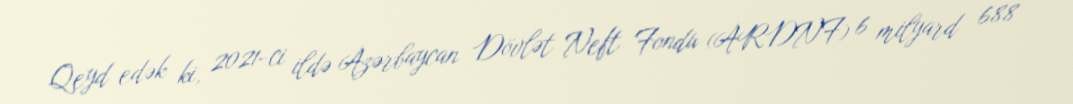
Qeyd edək ki, 2021-ci ildə Azərbaycan Dövlət Neft Fondu (ARDNF) 6 milyard 688